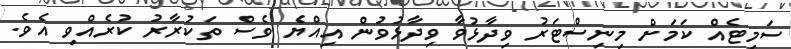
ސަމިޓެއް ކަމަށް މިނިސްޓަރު ވިދާޅުވާ ވިދާޅުވުން އިއްޔެ ވެސް ތަކުރާރު ކުރެއްވި އެވެ.